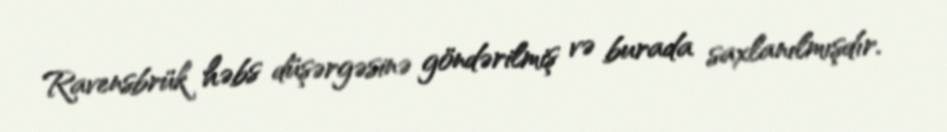
Ravensbrük həbs düşərgəsinə göndərilmiş və burada saxlanılmışdır.